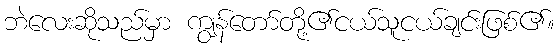
ဘဲလေးဆိုသည်မှာ ကျွန်တော်တို့၏ငယ်သူငယ်ချင်းဖြစ်၏။